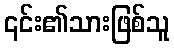
၎င်း၏သားဖြစ်သူ